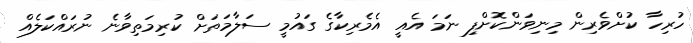
ހުރިހާ ކުށްވެރިން މިނިވަންކޮށްފި ނަމަ އެއީ އެމެރިކާގެ ގައުމީ ސަލާމަތަށް ކުރިމަތިވާނެ ނުރައްކަލެއް